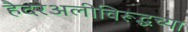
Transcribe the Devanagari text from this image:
हैदरअलीविरूद्धच्या